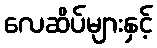
လေဆိပ်များနှင့်